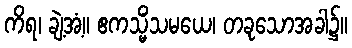
ကိရ၊ ချဲ့အံ့။ ဧကသ္မိံသမယေ၊ တခုသောအခါ၌။